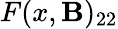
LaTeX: F(x,\mathbf{B})_{22}